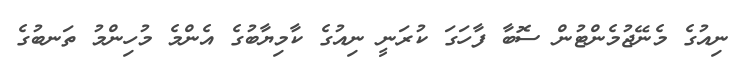
ނިއުގެ މެނޭޖުމެންޓުން ސޮބާ ފާހަގަ ކުރަނީ ނިއުގެ ކާމިޔާބުގެ އެންމެ މުހިންމު ތަނބުގެ